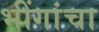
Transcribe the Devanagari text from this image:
भींगांचा